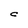
Character: C